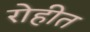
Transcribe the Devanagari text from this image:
रोहीत